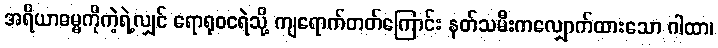
အရိယာဓမ္မကိုကဲ့ရဲ့လျှင် ရောရုဝငရဲသို့ ကျရောက်တတ်ကြောင်း နတ်သမီးကလျှောက်ထားသော ဂါထာ၊